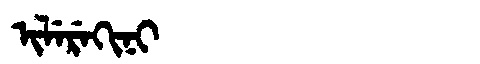
Manchu: ᡳᠯᡝᡵᡝᡴᡳᠨᡳ
Romanization: ILEREKINI